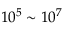
1 0 ^ { 5 } \sim 1 0 ^ { 7 }